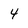
Character: 4